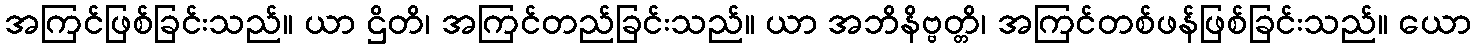
အကြင်ဖြစ်ခြင်းသည်။ ယာ ဌိတိ၊ အကြင်တည်ခြင်းသည်။ ယာ အဘိနိဗ္ဗတ္တိ၊ အကြင်တစ်ဖန်ဖြစ်ခြင်းသည်။ ယော